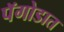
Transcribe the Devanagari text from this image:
पॅगोडात